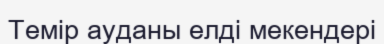
Темір ауданы елді мекендері